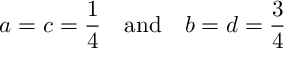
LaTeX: a = c = { \frac { 1 } { 4 } } \quad \mathrm { a n d } \quad b = d = { \frac { 3 } { 4 } }